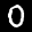
Label: 0